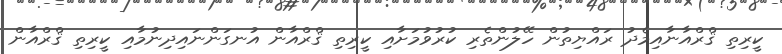
ކީރިތި ޤްރްއާނާއިމެދު ރައްޔިތުން ހޭލުންތެރި ކުރުވުމަށާއި ކީރިތި ޤްރްއާން އުނގަންނައިދިނުމާއި ކީރިތި ޤްރްއާން